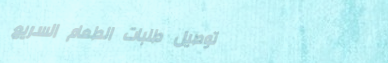
توصيل طلبات الطعام السريع